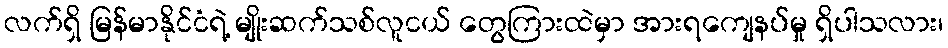
လက်ရှိ မြန်မာနိုင်ငံရဲ့ မျိုးဆက်သစ်လူငယ် တွေကြားထဲမှာ အားရကျေနပ်မှု ရှိပါသလား၊